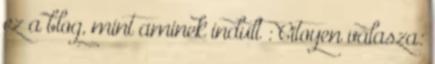
ez a blog, mint aminek indult : Citoyen válasza: